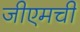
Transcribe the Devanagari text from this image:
जीएमची